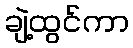
ချဲ့ထွင်ကာ